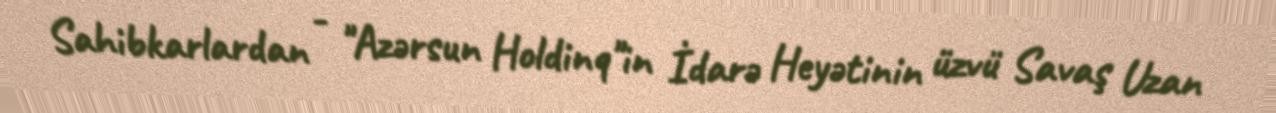
Sahibkarlardan - "Azərsun Holdinq"in İdarə Heyətinin üzvü Savaş Uzan